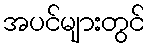
အပင်များတွင်